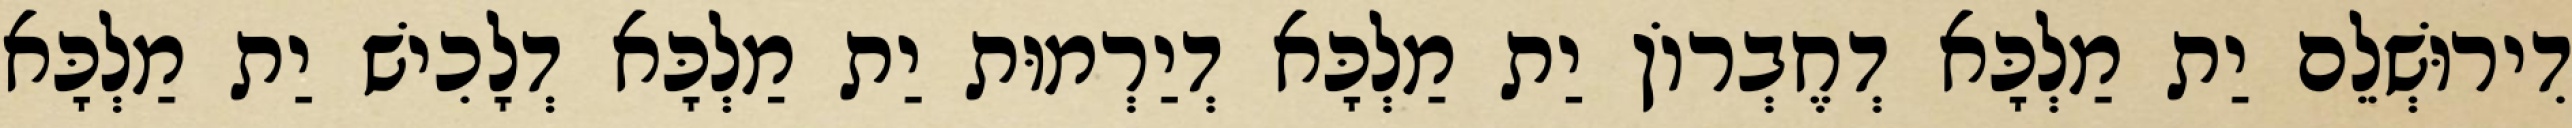
דִירוּשְׁלֵם יַת מַלְכָּא דְחֶבְרוֹן יַת מַלְכָּא דְיַרְמוּת יַת מַלְכָּא דְלָכִישׁ יַת מַלְכָּא